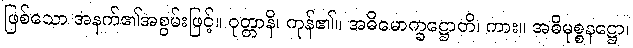
ဖြစ်သော အနက်၏အစွမ်းဖြင့်။ ဝုတ္တာနိ၊ ကုန်၏။ အဓိမောက္ခဋ္ဌောတိ၊ ကား။ အဓိမုစ္စနဋ္ဌော၊